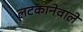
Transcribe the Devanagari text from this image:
लटकानेवाले